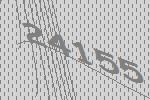
24155